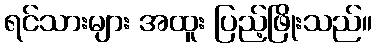
ရင်သားများ အထူး ပြည့်ဖြိုးသည်။